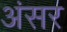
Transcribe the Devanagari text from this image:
अंसर